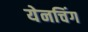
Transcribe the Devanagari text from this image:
येनचिंग